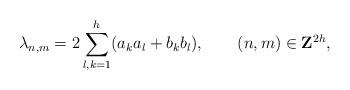
LaTeX: \begin{align*}\lambda_{n,m}= 2\sum_{l,k=1}^h (a_ka_l+b_kb_l), \qquad(n,m)\in {\bf Z}^{2h},\end{align*}